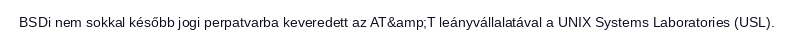
BSDi nem sokkal később jogi perpatvarba keveredett az AT&amp;T leányvállalatával a UNIX Systems Laboratories (USL).